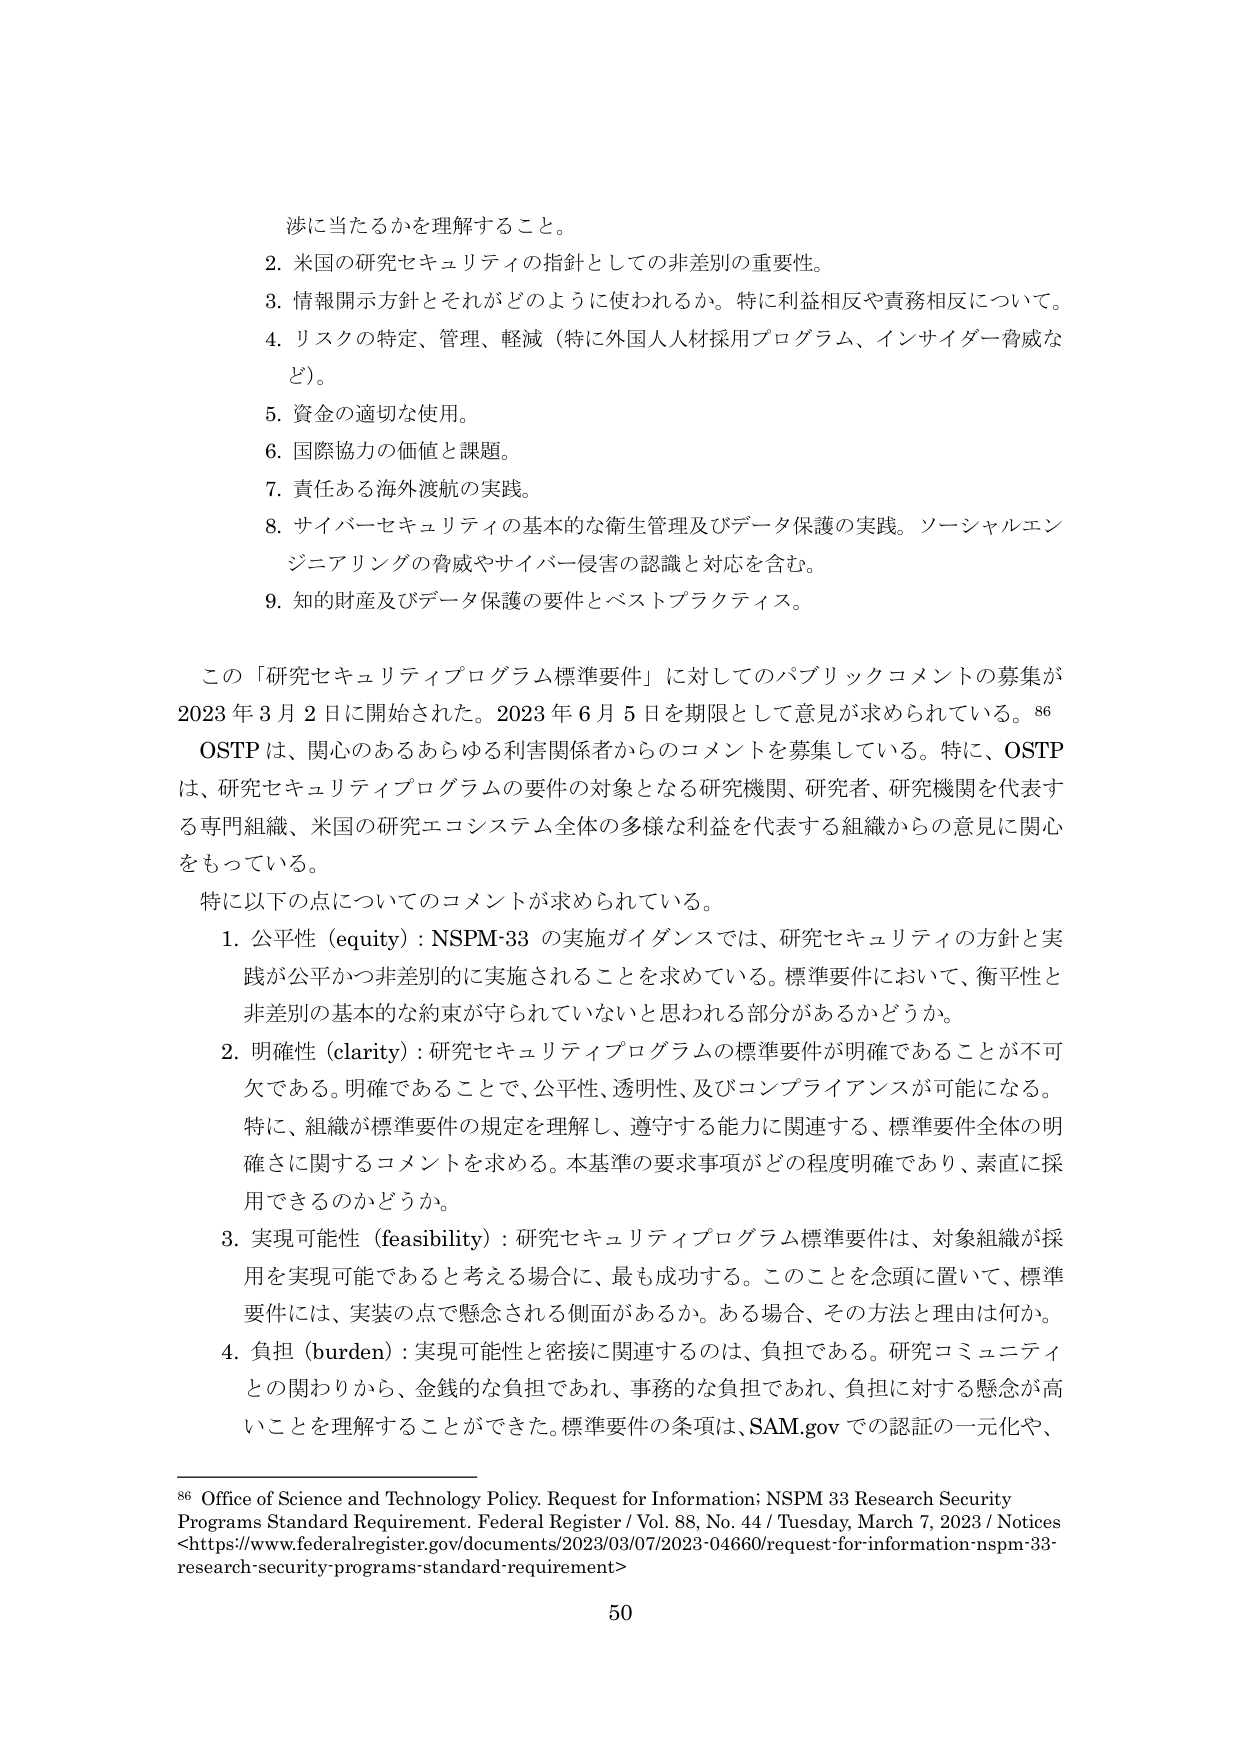
渉に当たるかを理解すること。

2. 米国の研究セキュリティの指針としての非差別的重要性。

3. 情報開示方針とそれがどのように使われるか。特に利益相反や責務相反について。

4. リスクの特定、管理、軽減（特に外国人人材採用プログラム、インサイダー脅威など）。

5. 資金の適切な使用。

6. 国際協力の価値と課題。

7. 責任ある海外渡航の実践。

8. サイバーセキュリティの基本的な衛生管理及びデータ保護の実践。ソーシャルエンジニアリングの脅威やサイバー侵害の認識と対応を含む。

9. 知的財産及びデータ保護の要件とベストプラクティス。

この「研究セキュリティプログラム標準要件」に対してのパブリックコメントの募集が2023年3月2日に開始された。2023年6月5日を期限として意見が求められている。86

OSTPは、関心のあるあらゆる利害関係者からのコメントを募集している。特に、OSTPは、研究セキュリティプログラムの要件の対象となる研究機関、研究者、研究機関を代表する専門組織、米国の研究エコシステム全体の多様な利益を代表する組織からの意見に関心をもっている。

特に以下の点についてのコメントが求められている。

1. 公平性（equity）：NSPM-33の実施ガイダンスでは、研究セキュリティの方針と実践が公平かつ非差別的に実施されることを求めている。標準要件において、衡平性と非差別の基本的な約束が守られていないと思われる部分があるかどうか。

2. 明確性（clarity）：研究セキュリティプログラムの標準要件が明確であることが不可欠である。明確であることで、公平性、透明性、及びコンプライアンスが可能になる。特に、組織が標準要件の規定を理解し、遵守する能力に関連する、標準要件全体の明確さに関するコメントを求める。本基準の要求事項がどの程度明確であり、素直に採用できるのかどうか。

3. 実現可能性（feasibility）：研究セキュリティプログラム標準要件は、対象組織が採用を実現可能であると考える場合に、最も成功する。このことを念頭に置いて、標準要件には、実装の点で懸念される側面があるか。ある場合、その方法と理由は何か。

4. 負担（burden）：実現可能性と密接に関連するのは、負担である。研究コミュニティとの関わりから、金銭的な負担であれ、事務的な負担であれ、負担に対する懸念が高いことを理解することができた。標準要件の条項は、SAM.govでの認証の一元化や、

86 Office of Science and Technology Policy. Request for Information; NSPM 33 Research Security Programs Standard Requirement. Federal Register / Vol. 88, No. 44 / Tuesday, March 7, 2023 / Notices <https://www.federalregister.gov/documents/2023/03/07/2023-04660/request-for-information-nspm-33-research-security-programs-standard-requirement>

50